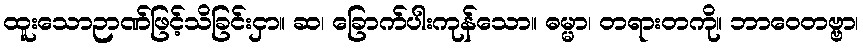
ထူးသောဉာဏ်ဖြင့်သိခြင်းငှာ။ ဆ၊ ခြောက်ပါးကုန်သော။ ဓမ္မာ၊ တရားတကို။ ဘာဝေတဗ္ဗာ၊